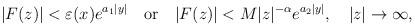
LaTeX: \begin{align*}\vert F(z)\vert <\varepsilon (x)e^{a_1\vert y\vert }\quad \textrm{or} \quad \vert F(z)\vert <M\vert z\vert ^{-\alpha }e^{a_2\vert y\vert },\quad \vert z\vert \to \infty, \end{align*}